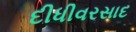
દીધીવરસાદ